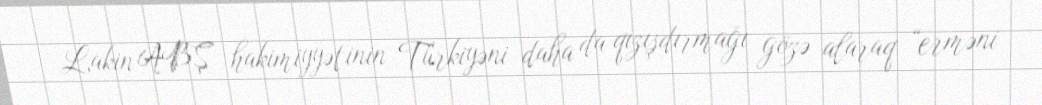
Lakin ABŞ hakimiyyətinin Türkiyəni daha da qızışdırmağı gözə alaraq “erməni